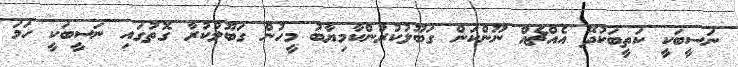
ނަސީބަކީ ކަތީބަކުދޭ އެއްޗެއް ނޫންކަން ގަބޫލުކުރުންކާމިޔާބު މީހުން ގަބޫލުކުރާ ގޮތުގައި ނަސީބަކީ ހަމަ